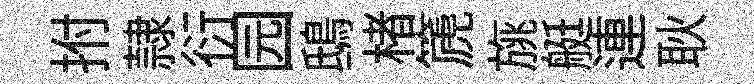
拊隷衍园鴟楮篪旐艇連耿